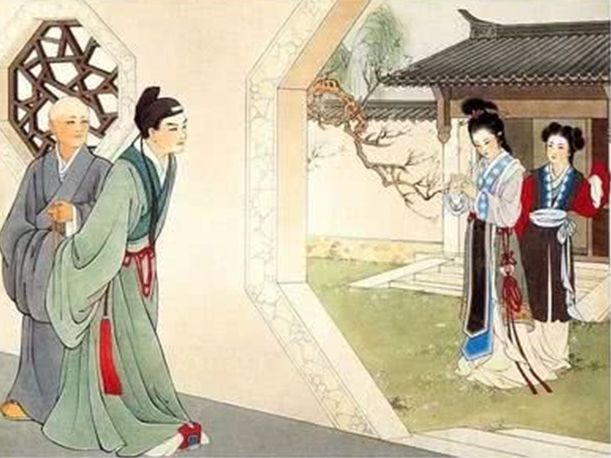
诚知此恨人人有，贫贱夫妻百事哀。